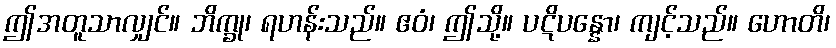
ဤအတူသာလျှင်။ ဘိက္ခု၊ ရဟန်းသည်။ ဧဝံ၊ ဤသို့။ ပဋိပန္နော၊ ကျင့်သည်။ ဟောတိ၊